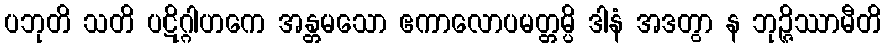
ပဘုတိ သတိ ပဋိဂ္ဂါဟကေ အန္တမသော ဧကာလောပမတ္တမ္ပိ ဒါနံ အဒတွာ န ဘုဉ္ဇိဿာမီတိ